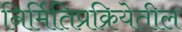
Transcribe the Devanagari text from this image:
निर्मितिप्रक्रियेतील